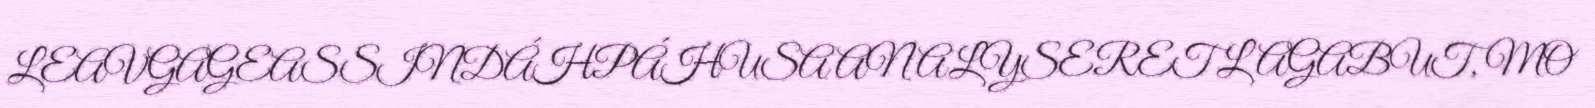
LEAVGAGEASSINDÁHPÁHUSA ANALYSERET LAGABUT, MO